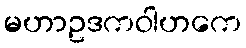
မဟာဥဒကဝါဟကေ